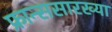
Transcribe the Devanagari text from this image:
फ्रान्ससारख्या